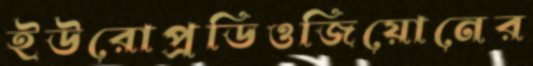
ইউরোপ্রডিওজিয়োনের